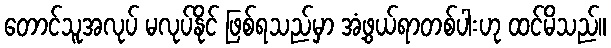
တောင်သူအလုပ် မလုပ်နိုင် ဖြစ်ရသည်မှာ အံ့ဖွယ်ရာတစ်ပါးဟု ထင်မိသည်။